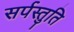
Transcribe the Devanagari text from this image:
सर्पस्तुति